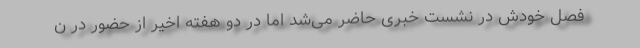
فصل خودش در نشست خبری حاضر می‌شد اما در دو هفته اخیر از حضور در ن